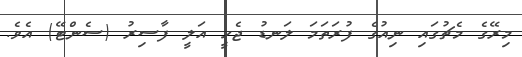
މިރޭގެ މެޗުގައި ނިއުގެ ފުރަތަމަ ލަނޑު ޖެހީ އަލީ ފާސިރު (ސެންޓޭ) އެވެ.